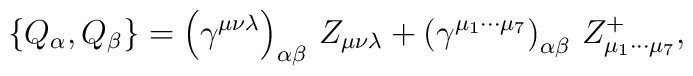
\left\{ Q_\alpha ,Q_\beta \right\} =\left( \gamma ^{\mu \nu \lambda }\right)_{\alpha \beta }\,Z_{\mu \nu \lambda }+\left( \gamma ^{\mu _1\cdots \mu_7}\right) _{\alpha \beta }\,Z_{\mu _1\cdots \mu _7}^{+},